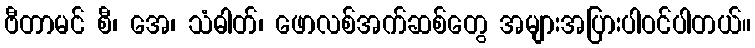
ဗီတာမင် စီ၊ အေ၊ သံဓါတ်၊ ဖောလစ်အက်ဆစ်တွေ အများအပြားပါဝင်ပါတယ်။